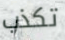
تكذب